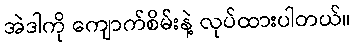
အဲဒါကို ကျောက်စိမ်းနဲ့ လုပ်ထားပါတယ်။